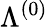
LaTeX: \Lambda^{(0)}